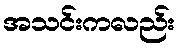
အသင်းကလည်း